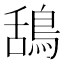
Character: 鴰